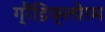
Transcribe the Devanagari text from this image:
ग्रैंडिफ्लोरम